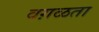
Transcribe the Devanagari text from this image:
वग़ळता